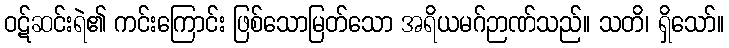
ဝဋ်ဆင်းရဲ၏ ကင်းကြောင်း ဖြစ်သောမြတ်သော အရိယမဂ်ဉာဏ်သည်။ သတိ၊ ရှိသော်။